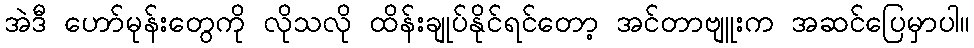
အဲဒီ ဟော်မုန်းတွေကို လိုသလို ထိန်းချုပ်နိုင်ရင်တော့ အင်တာဗျူးက အဆင်ပြေမှာပါ။